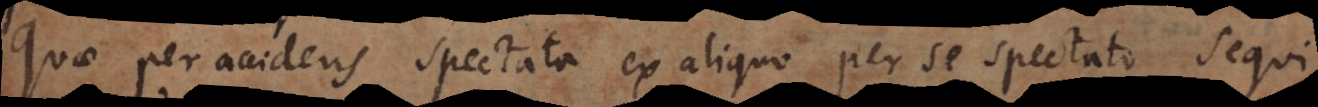
Quae per accidens spectata ex aliquo per se spectato sequi